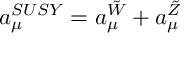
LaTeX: a _ { \mu } ^ { S U S Y } = { a _ { \mu } ^ { \tilde { W } } + a _ { \mu } ^ { \tilde { Z } } }